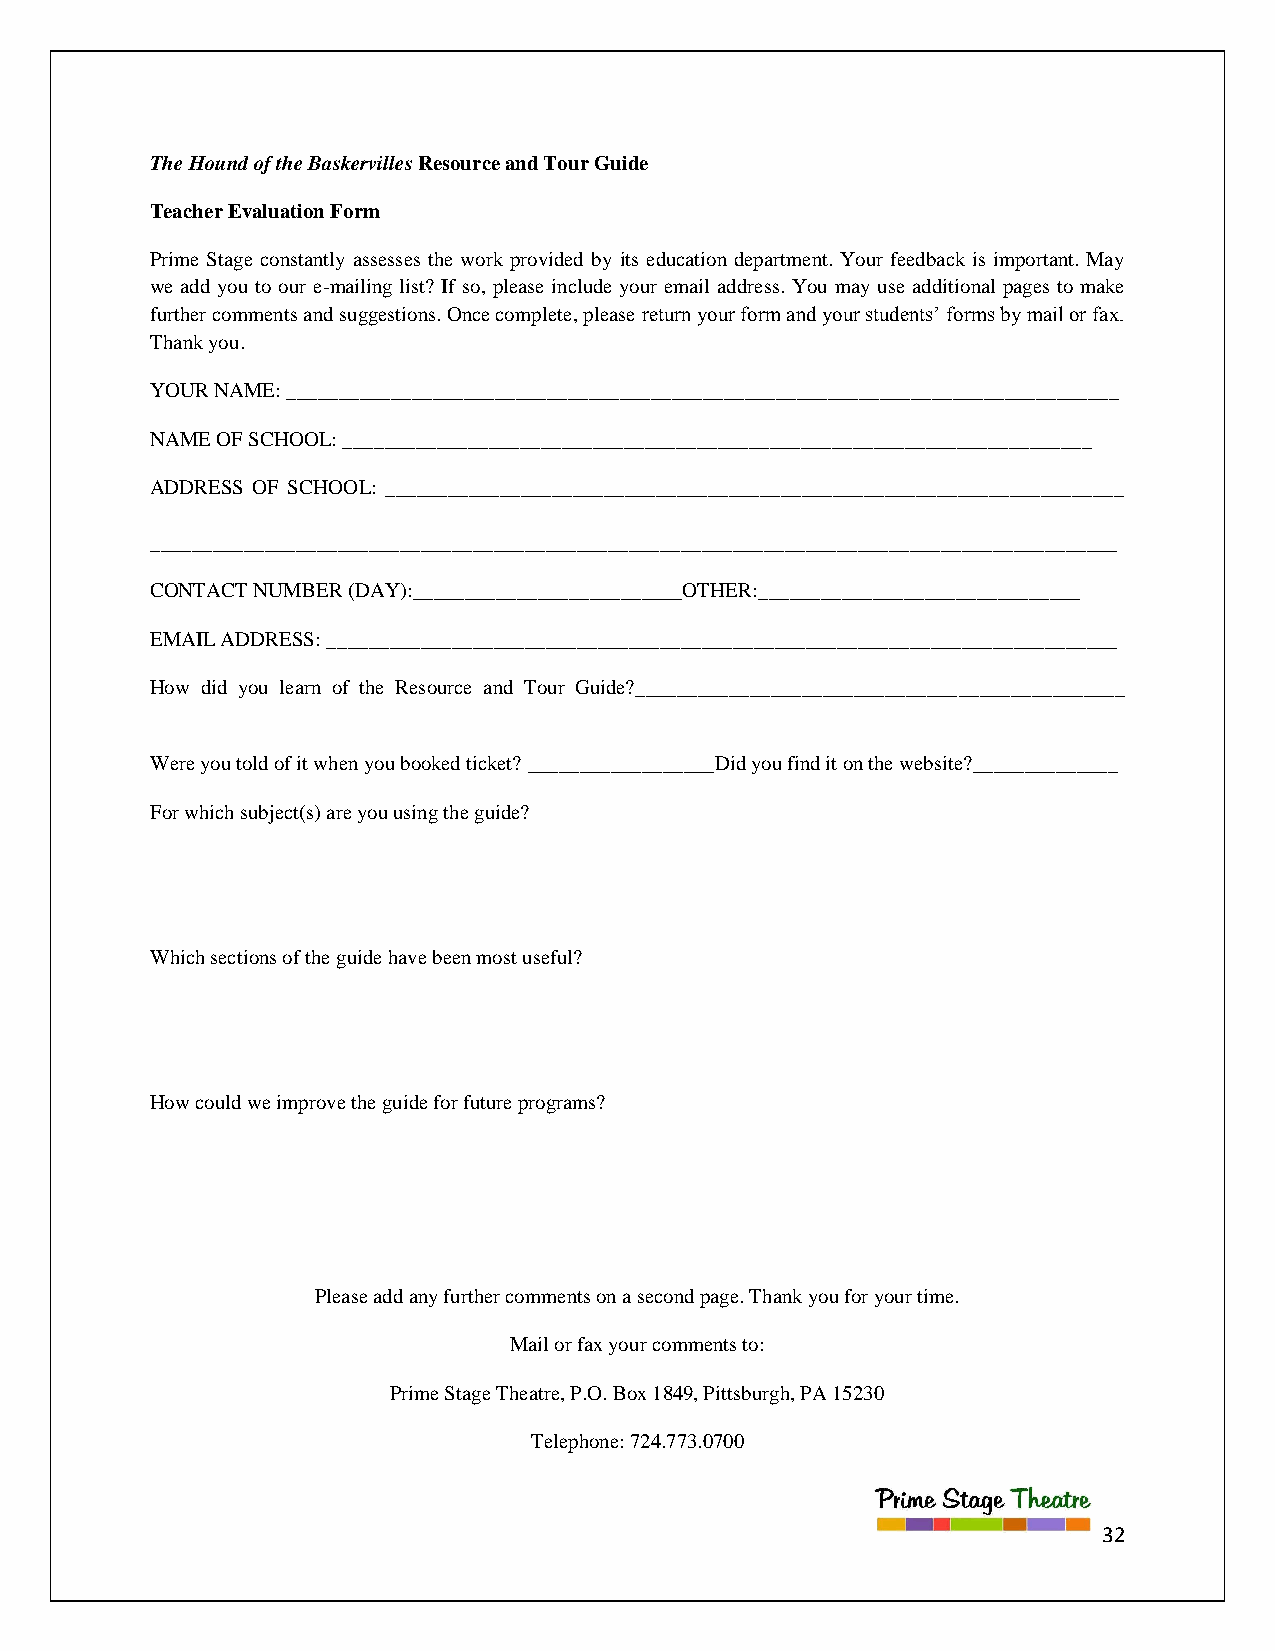
The Hound of the Baskervilles Resource and Tour Guide
 Teacher Evaluation Form
 Prime Stage constantly assesses the work provided by its education department. Your feedback is important. May
 we add you to our e-mailing list? If so, please include your email address. You may use additional pages to make
 further comments and suggestions. Once complete, please return your form and your students‟ forms by mail or fax.
 Thank you.
 YOUR NAME: ________________________________________________________________________________
 NAME OF SCHOOL: ________________________________________________________________________
 ADDRESS OF SCHOOL: _______________________________________________________________________
 _____________________________________________________________________________________________
 CONTACT NUMBER (DAY):__________________________OTHER:_______________________________
 EMAIL ADDRESS: ____________________________________________________________________________
 How did you learn of the Resource and Tour Guide?_______________________________________________
 Were you told of it when you booked ticket? __________________Did you find it on the website?______________
 For which subject(s) are you using the guide?
 Which sections of the guide have been most useful?
 How could we improve the guide for future programs?
 Please add any further comments on a second page. Thank you for your time.
 Mail or fax your comments to:
 Prime Stage Theatre, P.O. Box 1849, Pittsburgh, PA 15230
 Telephone: 724.773.0700
 32